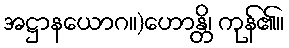
အဋ္ဌာနယောဂ။)ဟောန္တိ၊ ကုန်၏။